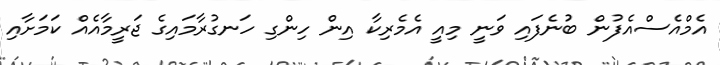
އެމްއެސްއެފުން ބުނެފައި ވަނީ މިއީ އެމެރިކާ އިން ހިންގި ހަނގުރާމައިގެ ޖަރީމާއެއް ކަަމަށާއި